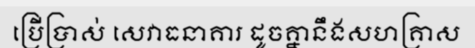
ប្រើប្រាស់ សេវាធនាគារ ដូចគ្នានឹងសហគ្រាស